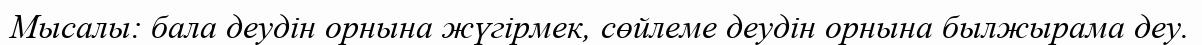
Мысалы: бала деудін орнына жүгірмек, сөйлеме деудін орнына былжырама деу.